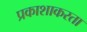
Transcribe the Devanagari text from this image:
प्रकाशाकरता